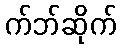
က်ဘ်ဆိုက်